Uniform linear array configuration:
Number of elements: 12
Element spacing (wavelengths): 0.75
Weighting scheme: hann
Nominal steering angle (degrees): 30
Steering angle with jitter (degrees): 31.311
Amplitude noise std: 0.05
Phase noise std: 0.05

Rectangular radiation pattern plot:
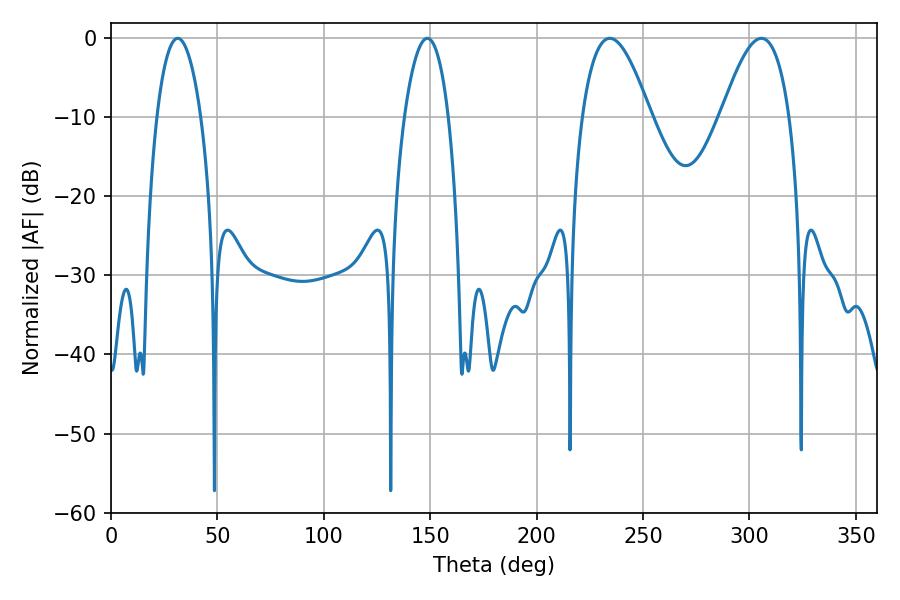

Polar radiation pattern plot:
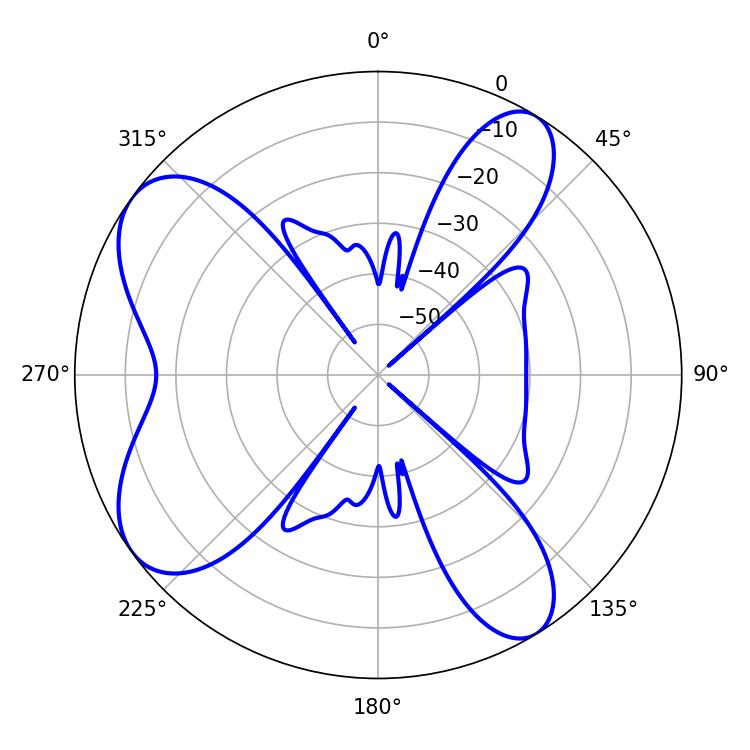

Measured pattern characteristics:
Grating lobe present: TRUE
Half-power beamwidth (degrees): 17.46
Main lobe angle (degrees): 234.36